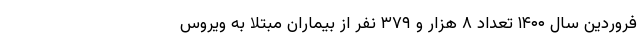
فروردین سال ۱۴۰۰ تعداد ۸ هزار و ۳۷۹ نفر از بیماران مبتلا به ویروس